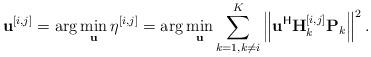
LaTeX: \begin{align*} \mathbf{u}^{[i,j]} &= \arg \min_{\mathbf{u}} \eta^{[i,j]} = \arg\min_{\mathbf{u}} \sum_{k=1, k\neq i}^{K} \left\|\mathbf{u}^{\mathsf{H}}\mathbf{H}_{k}^{[i,j]} \mathbf{P}_k\right\|^2.\end{align*}